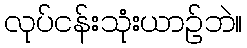
လုပ်ငန်းသုံးယာဉ်ဘဲ။